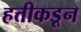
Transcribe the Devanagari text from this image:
हत्तीकडून